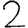
Digit: 2